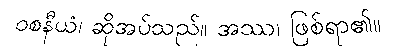
ဝစနီယံ၊ ဆိုအပ်သည်။ အဿ၊ ဖြစ်ရာ၏။